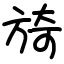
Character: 旑